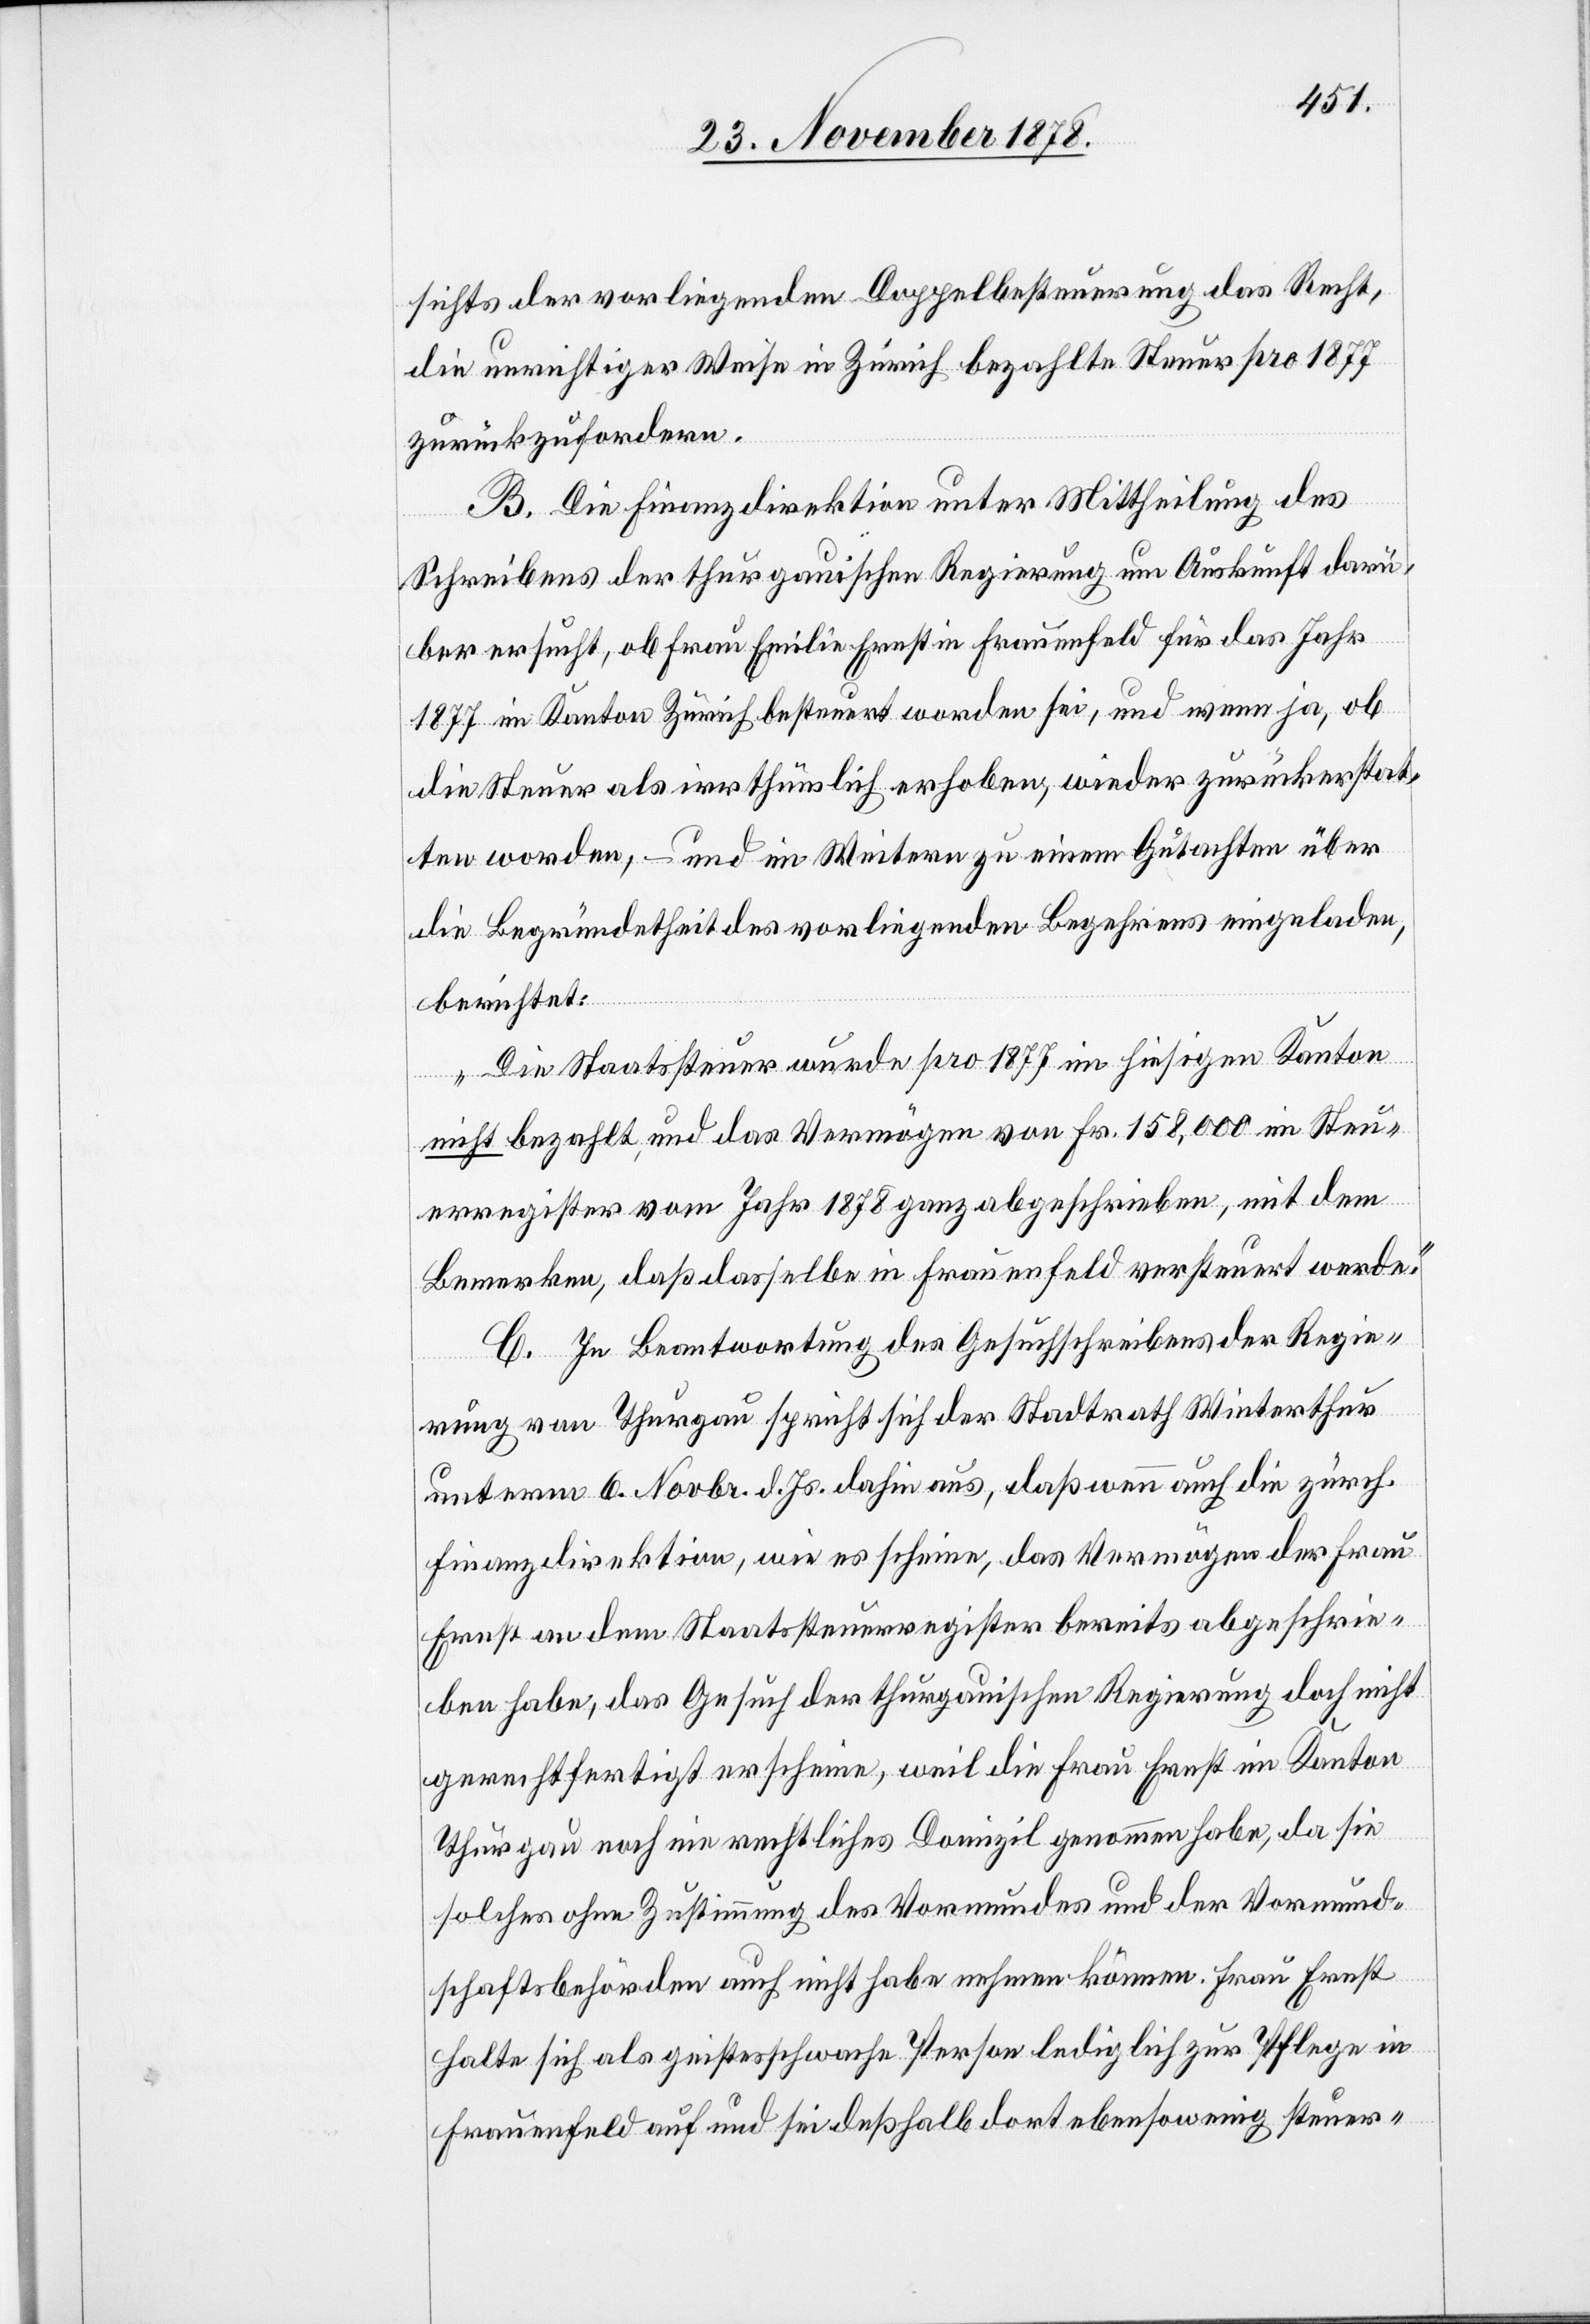
sichts der vorliegenden Doppelbesteuerung das Recht,
die unrichtiger Weise in Zürich bezahlte Steuer pro 1877
zurückzufordern.
B. Die Finanzdirektion unter Mittheilung des
Schreibens der thurgauischen Regierung um Auskunft darü¬
ber ersucht, ob Frau Emilie Ernst in Frauenfeld für das Jahr
1877 im Kanton Zürich besteuert worden sei, und wenn ja, ob
die Steuer als irrthümlich erhoben, wieder zurückerstat¬
tet worden, – und im Weitern zu einem Gutachten über
die Begründetheit vorliegenden Begehrens eingeladen,
berichtet:
„Die Staatssteuer wurde pro 1877 im hiesigen Kanton
nicht bezahlt und das Vermögen von Fr. 158,000 im Steu¬
erregister vom Jahr 1878 ganz abgeschrieben, mit dem
Bemerken, daß dasselbe in Frauenfeld versteuert werde.“
C. In Beantwortung des Gesuchschreibens der Regie¬
rung von Thurgau spricht sich der Stadtrath Winterthur
unterm 6. Novbr. d. Js. dahin aus, daß wenn auch die zürch.
Finanzdirektion, wie es scheine, das Vermögen der Frau
Ernst an dem Staatssteuerregister bereits abgeschrie¬
ben habe, das Gesuch der thurgauischen Regierung doch nicht
gerechtfertigt erscheine, weil die Frau Ernst im Kanton
Thurgau noch nie rechtliches Domizil genommen habe, da sie
solches ohne Zustimmung des Vormundes und der Vormund¬
schaftsbehörden auch nicht habe nehmen können. Frau Ernst
halte sich als geistesschwache Person lediglich zur Pflege in
Frauenfeld auf und sei deßhalb dort ebenso wenig steuer-